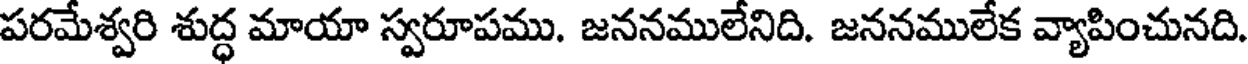
పరమేశ్వరి శుద్ధ మాయా స్వరూపము. జననములేనిది. జననములేక వ్యాపించునది.